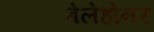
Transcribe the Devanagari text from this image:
बेलेहोनर